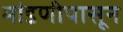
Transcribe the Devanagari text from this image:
मांडणीपासून